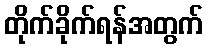
တိုက်ခိုက်ရန်အတွက်